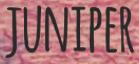
JUNIPER